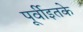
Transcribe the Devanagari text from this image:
पूर्वीइतके